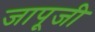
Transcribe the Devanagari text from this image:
जापूजी